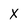
Character: X